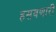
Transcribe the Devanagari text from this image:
हसवणारी